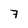
Character: 7